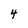
Character: 4